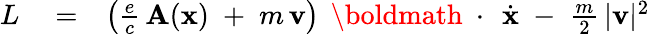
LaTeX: \begin{array}{rlr}{L}&{{}=}&{\left(\frac{e}{c}\, {\mathbf A}({\mathbf x})\; +\; m\, {\mathbf v}\right)\, \mathrm{~\boldmath~\cdot~}\, \dot{\mathbf x}\; -\; \frac{m}{2}\, |{\mathbf v}|^{2}}\end{array}